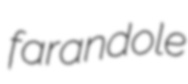
farandole